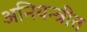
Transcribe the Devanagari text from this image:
अनियन्त्रीत